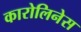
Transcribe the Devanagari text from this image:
कारोलिनेस